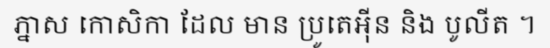
ភ្នាស កោសិកា ដែល មាន ប្រូតេអ៊ីន និង បូលីត ។